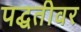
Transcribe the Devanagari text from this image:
पद्घतीवर